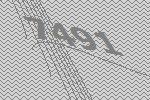
7491